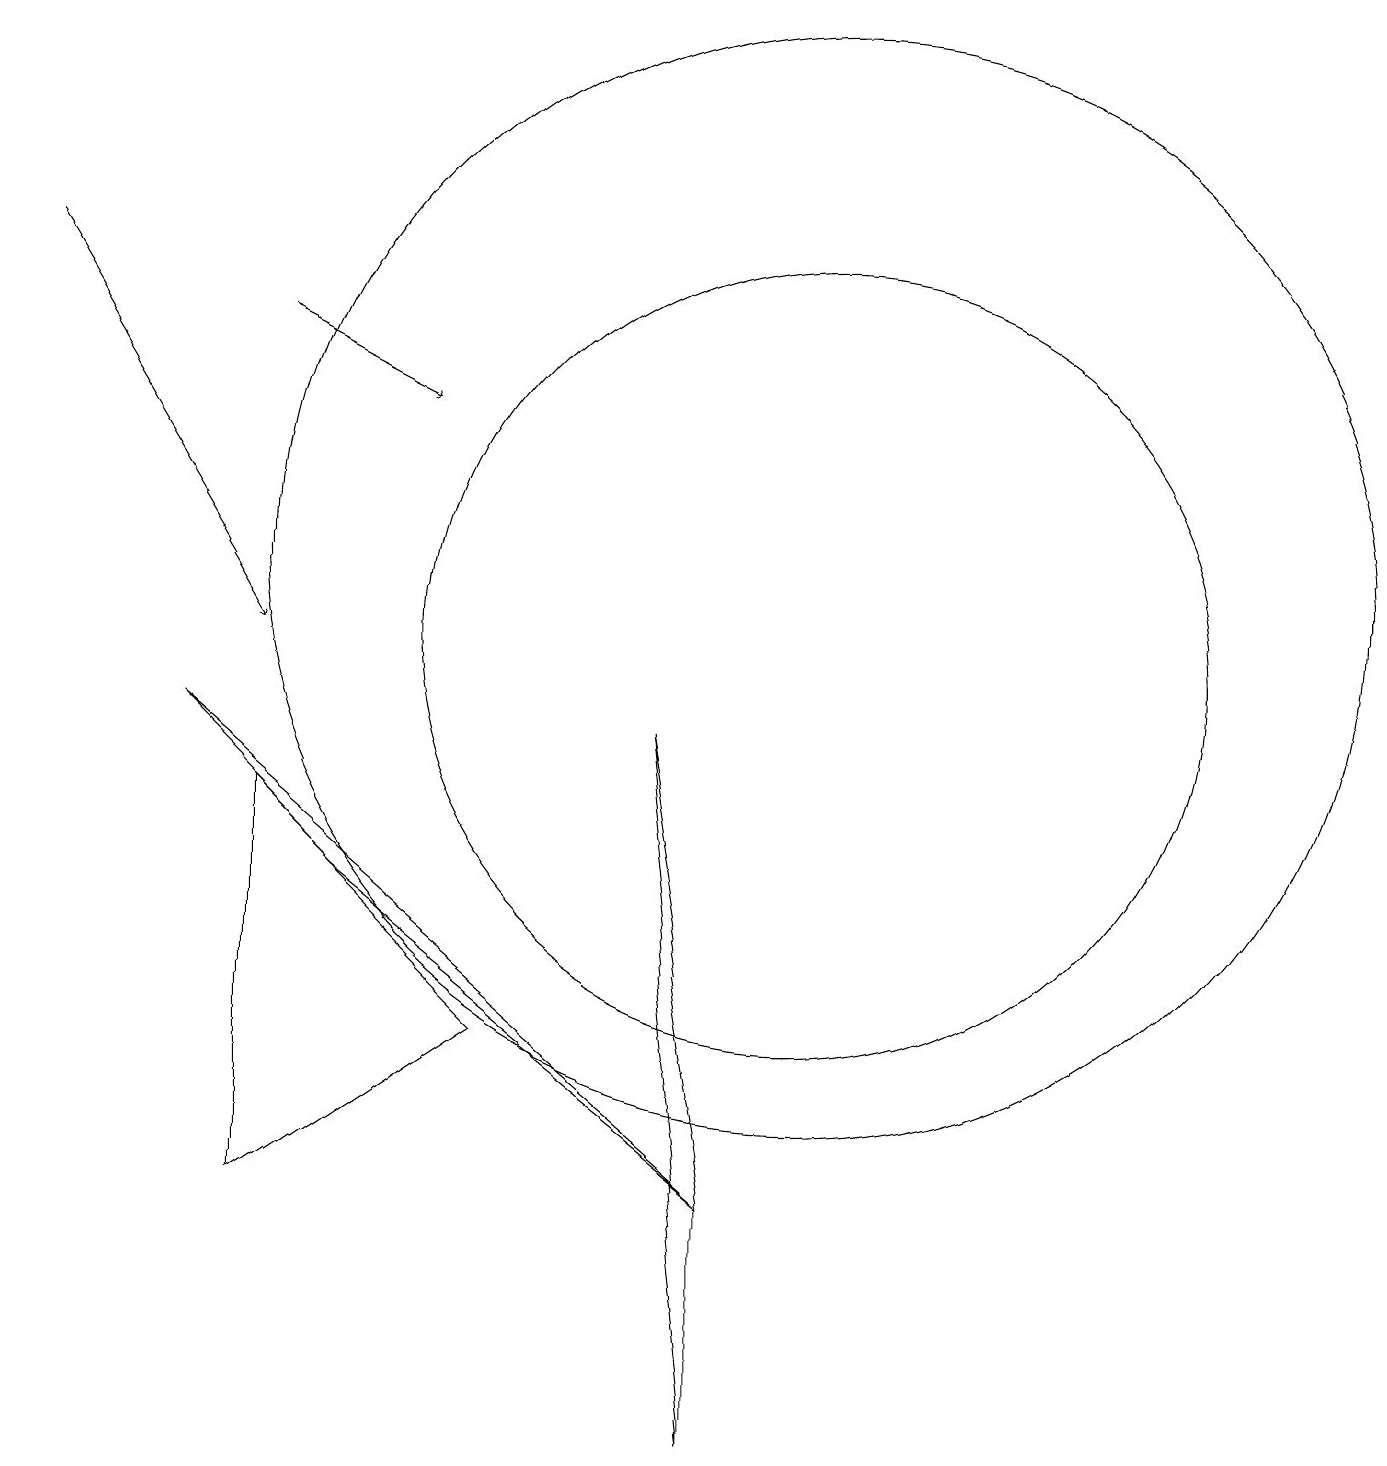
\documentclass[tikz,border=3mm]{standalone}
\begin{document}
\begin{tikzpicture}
\draw[->] (3,14) -- (5,13);
\draw (10,10) circle (5);
\draw (9,0) -- (8,9) -- (9,3) -- cycle;
\draw[->] (0,15) -- (3,10);
\draw (3,3) -- (6,5) -- (3,8) -- cycle;
\draw (4,7) -- (9,3) -- (2,9) -- cycle;
\draw (10,11) circle (7);
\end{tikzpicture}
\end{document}